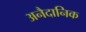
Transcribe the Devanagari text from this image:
अनैदानिक